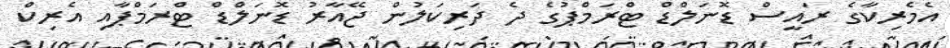
އެމެރިކާގެ ރައީސް ޑޮނަލްޑް ޓްރަމްޕުގެ ދެ ދަރިކަލުން ޖޭއާރު ޑޮނަލްޑް ޓްރަމްޕާއި އެރިކް